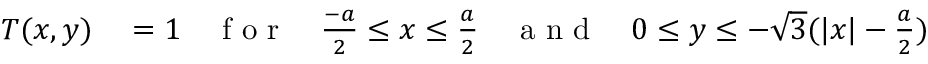
\begin{array} { r l } { T ( x , y ) } & { { } = 1 \quad \mathrm { ~ f ~ o ~ r ~ } \quad \frac { - a } { 2 } \leq x \leq \frac { a } { 2 } \quad \mathrm { ~ a ~ n ~ d ~ } \quad 0 \leq y \leq - \sqrt { 3 } ( | x | - \frac { a } { 2 } ) } \end{array}